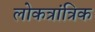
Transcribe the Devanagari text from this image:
लोकत्रांत्रिक